Report of the Indian Hemp Drugs Commission, 1894-1895 - Volume IV
Year: 1894
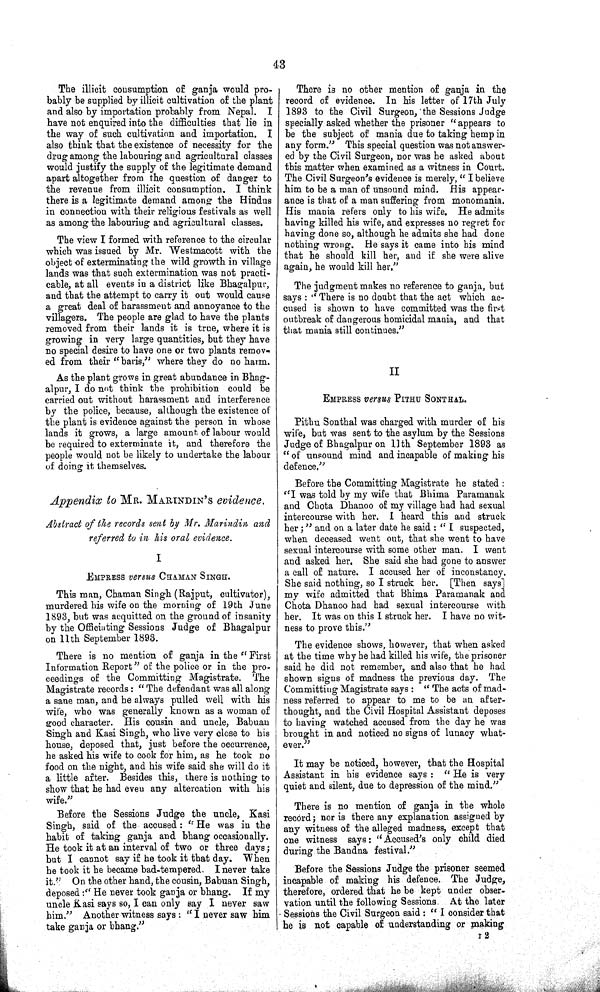
43
The illicit consumption of ganja would pro-
bably be supplied by illicit cultivation of the plant
and also by importation probably from Nepal. I
have not enquired into the difficulties that lie in
the way of such cultivation and importation. I
also think that the existence of necessity for the
drug among the labouring and agricultural classes
would justify the supply of the legitimate demand
apart altogether from the question of danger to
the revenue from illicit consumption. I think
there is a legitimate demand among the Hindus
in connection with their religious festivals as well
as among the labouring and agricultural classes.
The view I formed with reference to the circular
which was issued by Mr. Westmacott with the
object of exterminating the wild growth in village
lands was that such extermination was not practi-
cable, at all events in a district like Bhagalpur,
and that the attempt to carry it out would cause
a great deal of harassment and annoyance to the
villagers. The people are glad to have the plants
removed from their lands it is true, where it is
growing in very large quantities, but they have
no special desire to have one or two plants remov-
ed from their "baris," where they do no harm.
As the plant grows in great abundance in Bhag-
alpur, I do not think the prohibition could be
carried out without harassment and interference
by the police, because, although the existence of
the plant is evidence against the person in whose
lands it grows, a large amount of labour would
be required to exterminate it, and therefore the
people would not be likely to undertake the labour
of doing it themselves.
Appendix to MR. MARINDIN'S evidence.
Abstract of the records sent by Mr. Marindin and
referred to in his oral evidence.
I
EMPRESS versus CHAMAN SINGH.
This man, Chaman Singh (Rajput, cultivator),
murdered his wife on the morning of 19th June
1893, but was acquitted on the ground of insanity
by the Officiating Sessions Judge of Bhagalpur
on 11th September 1893.
There is no mention of ganja in the "First
Information Report" of the police or in the pro-
ceedings of the Committing Magistrate. The
Magistrate records: "The defendant was all along
a sane man, and he always pulled well with his
wife, who was generally known as a woman of
good character. His cousin and uncle, Babuan
Singh and Kasi Singh, who live very close to his
house, deposed that, just before the occurrence,
he asked his wife to cook for him, as he took no
food on the night, and his wife said she will do it
a little after. Besides this, there is nothing to
show that he had even any altercation with his
wife."
Before the Sessions Judge the uncle, Kasi
Singh, said of the accused: "He was in the
habit of taking ganja and bhang occasionally.
He took it at an interval of two or three days;
but I cannot say if he took it that day. When
he took it he became bad-tempered. I never take
it." On the other hand, the cousin, Babuan Singh,
deposed: "He never took ganja or bhang. If my
uncle Kasi says so, I can only say I never saw
him." Another witness says: "I never saw him
take ganja or bhang."
There is no other mention of ganja in the
record of evidence. In his letter of 17th July
1893 to the Civil Surgeon, the Sessions Judge
specially asked whether the prisoner "appears to
be the subject of mania due to taking hemp in
any form." This special question was not answer-
ed by the Civil Surgeon, nor was he asked about
this matter when examined as a witness in Court.
The Civil Surgeon's evidence is merely, "I believe
him to be a man of unsound mind. His appear-
ance is that of a man suffering from monomania.
His mania refers only to his wife. He admits
having killed his wife, and expresses no regret for
having done so, although he admits she had done
nothing wrong. He says it came into his mind
that he should kill her, and if she were alive
again, he would kill her."
The judgment makes no reference to ganja, but
says: "There is no doubt that the act which ac-
cused is shown to have committed was the first
outbreak of dangerous homicidal mania, and that
that mania still continues."
II
EMPRESS versus PITHU SONTHAL.
Pithu Sonthal was charged with murder of his
wife, but was sent to the asylum by the Sessions
Judge of Bhagalpur on 11th September 1893 as
"of unsound mind and incapable of making his
defence."
Before the Committing Magistrate he stated:
"I was told by my wife that Bhima Paramanak
and Chota Dhanoo of my village had had sexual
intercourse with her. I heard this and struck
her;" and on a later date he said: "I suspected,
when deceased went out, that she went to have
sexual intercourse with some other man. I went
and asked her. She said she had gone to answer
a call of nature. I accused her of inconstancy.
She said nothing, so I struck her. [Then says]
my wife admitted that Bhima Paramanak and
Chota Dhanoo had had sexual intercourse with
her. It was on this I struck her. I have no wit-
ness to prove this."
The evidence shows, however, that when asked
at the time why he had killed his wife, the prisoner
said he did not remember, and also that he had
shown signs of madness the previous day. The
Committing Magistrate says: "The acts of mad-
ness referred to appear to me to be an after-
thought, and the Civil Hospital Assistant deposes
to having watched accused from the day he was
brought in and noticed no signs of lunacy what-
ever."
It may be noticed, however, that the Hospital
Assistant in his evidence says: "He is very
quiet and silent, due to depression of the mind."
There is no mention of ganja in the whole
record; nor is there any explanation assigned by
any witness of the alleged madness, except that
one witness says: "Accused's only child died
during the Bandna festival."
Before the Sessions Judge the prisoner seemed
incapable of making his defence. The Judge,
therefore, ordered that he be kept under obser-
vation until the following Sessions. At the later
Sessions the Civil Surgeon said: "I consider that
he is not capable of understanding or making
I 2